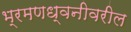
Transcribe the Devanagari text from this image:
भ्रमणध्वनीवरील